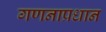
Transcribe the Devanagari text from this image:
गणनाप्रधान